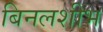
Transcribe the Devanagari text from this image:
बिनलशीभ